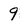
Character: 9